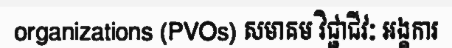
organizations (PVOs) សមាគម វិជ្ជាជីវៈ អង្គការ